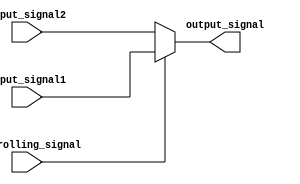
module TimingControl(
    input wire input_signal1,
    input wire input_signal2,
    input wire controlling_signal,
    output wire output_signal
);

assign output_signal = controlling_signal ? input_signal1 : input_signal2;

endmodule